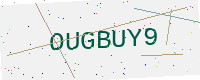
Text: OUGBUY9